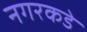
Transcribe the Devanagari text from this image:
नगरकडे